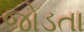
જોડતા